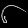
Digit: ၆